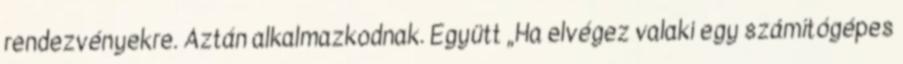
rendezvényekre. Aztán alkalmazkodnak. Együtt „Ha elvégez valaki egy számítógépes